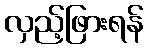
လှည့်ဖြားရန်